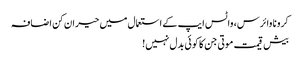
کرونا وائرس، واٹس ایپ کے استعمال میں حیران کن اضافہ
بیش قیمت موتی جن کا کوئی بدل نہیں!